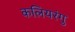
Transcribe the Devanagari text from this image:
कलियरंगु